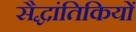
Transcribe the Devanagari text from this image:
सैद्धांतिकियों